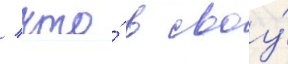
/ что́ в своу́